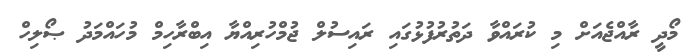
މޯދީ ރާއްޖެއަށް މި ކުރައްވާ ދަތުރުފުޅުގައި ރައިސުލް ޖުމްހުރިއްޔާ އިބްރާހިމް މުހައްމަދު ޞޯލިހް